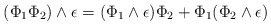
\begin{align*}(\Phi_1 \Phi_2) \wedge \epsilon = (\Phi_1 \wedge \epsilon) \Phi_2 + \Phi_1 (\Phi_2 \wedge \epsilon)\end{align*}